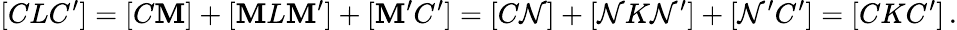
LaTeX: [CLC^{\prime}]=[C\mathbf{M}]+[\mathbf{M}L\mathbf{M}^{\prime}]+[\mathbf{M}^{\prime}C^{\prime}]=[C\mathcal{N}]+[\mathcal{N}K\mathcal{N}^{\prime}]+[\mathcal{N}^{\prime}C^{\prime}]=[CKC^{\prime}]\, .